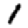
Digit: 1